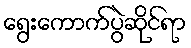
ရွေးကောက်ပွဲဆိုင်ရာ